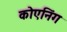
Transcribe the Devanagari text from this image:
कोएनिंग